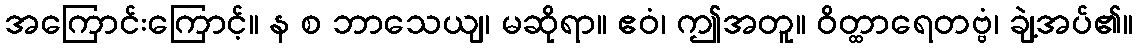
အကြောင်းကြောင့်။ န စ ဘာသေယျ၊ မဆိုရာ။ ဧဝံ၊ ဤအတူ။ ဝိတ္ထာရေတဗ္ဗံ၊ ချဲ့အပ်၏။